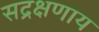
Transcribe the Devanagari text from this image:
सद्रक्षणाय